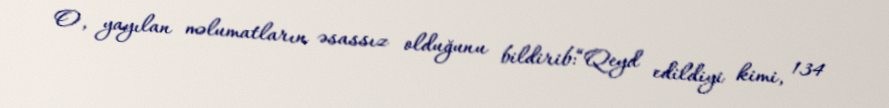
O, yayılan məlumatların əsassız olduğunu bildirib:“Qeyd edildiyi kimi, 134